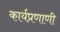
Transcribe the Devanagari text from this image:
कार्यप्रणाणी